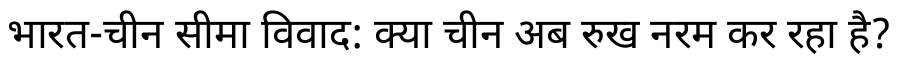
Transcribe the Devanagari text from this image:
भारत-चीन सीमा विवाद: क्या चीन अब रुख नरम कर रहा है?